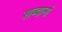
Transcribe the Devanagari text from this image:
शब्दानां